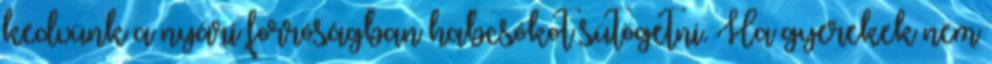
kedvünk a nyári forróságban habcsókot sütögetni. Ha gyerekek nem